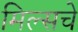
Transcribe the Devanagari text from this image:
मिल्सचे